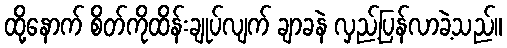
ထို့နောက် စိတ်ကိုထိန်းချုပ်လျက် ချာခနဲ လှည့်ပြန်လာခဲ့သည်။